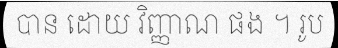
បាន ដោយ វិញ្ញាណ ផង ។ រូប